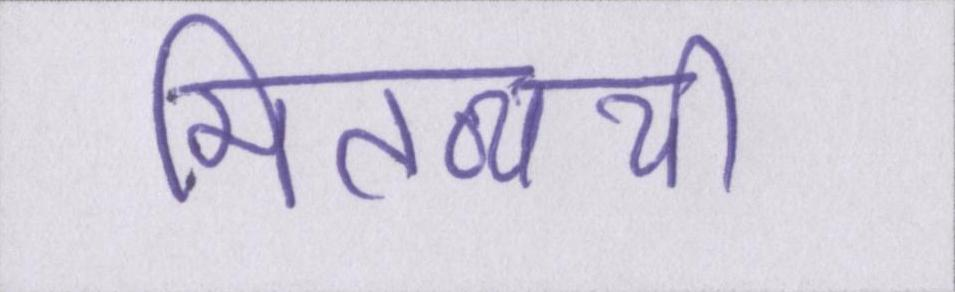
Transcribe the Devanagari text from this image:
मितव्ययी